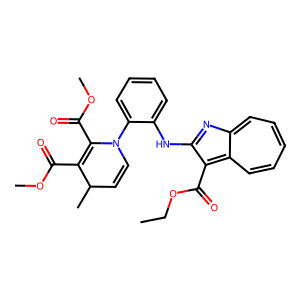
SMILES: CCOC(=O)c1c2cccccc-2nc1Nc1ccccc1N1C=CC(C)C(C(=O)OC)=C1C(=O)OC
Inhibits HIV replication: No